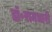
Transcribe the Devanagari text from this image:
डॉ॰रामधारी